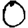
Digit: 0